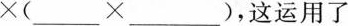
\times(___\times___),这运用了